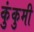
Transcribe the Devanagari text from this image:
कुंकुमी